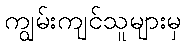
ကျွမ်းကျင်သူများမှ